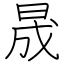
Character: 晟